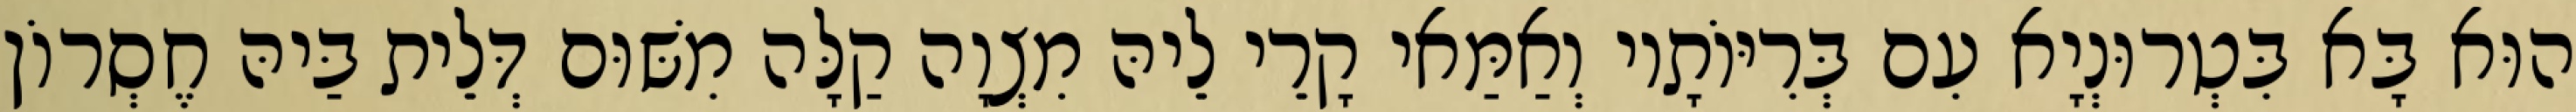
הוּא בָּא בִּטְרוּנְיָא עִם בְּרִיּוֹתָיו וְאַמַּאי קָרֵי לֵיהּ מִצְוָה קַלָּה מִשּׁוּם דְּלֵית בַּיהּ חֶסְרוֹן